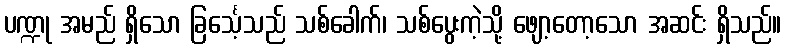
ပဏ္ဍု အမည် ရှိသော ခြင်္သေ့သည် သစ်ခေါက်၊ သစ်ပွေးကဲ့သို့ ဖျော့တော့သော အဆင်း ရှိသည်။